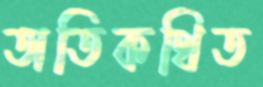
অতিকথিত